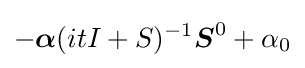
-{\boldsymbol {\alpha }}(itI+S)^{-1}{\boldsymbol {S}}^{0}+\alpha _{0}